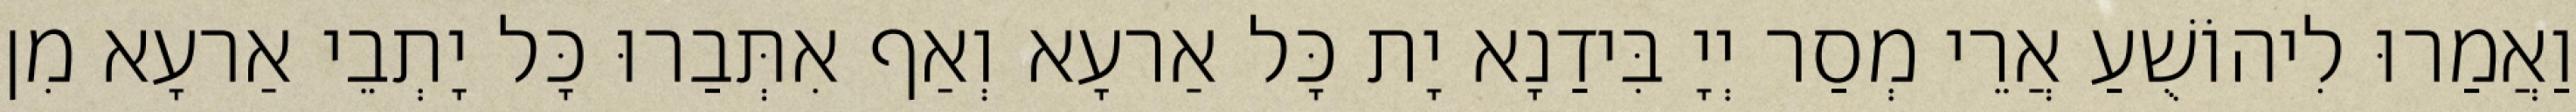
וַאֲמַרוּ לִיהוֹשֻׁעַ אֲרֵי מְסַר יְיָ בִּידַנָא יָת כָּל אַרעָא וְאַף אִתְּבַרוּ כָּל יָתְבֵי אַרעָא מִן